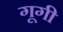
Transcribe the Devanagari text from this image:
गूगी